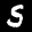
Label: 5